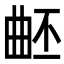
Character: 𣌹